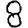
Digit: 8